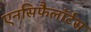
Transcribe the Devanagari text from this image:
एनसिफैलॉर्टस